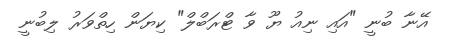
އޭނާ ބުނީ "އައި ނިއު ޔޫ ވާ ޓްރަބްލް" ކިޔަން ހިތްވަރު ލިބުނީ